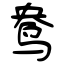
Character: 鸯